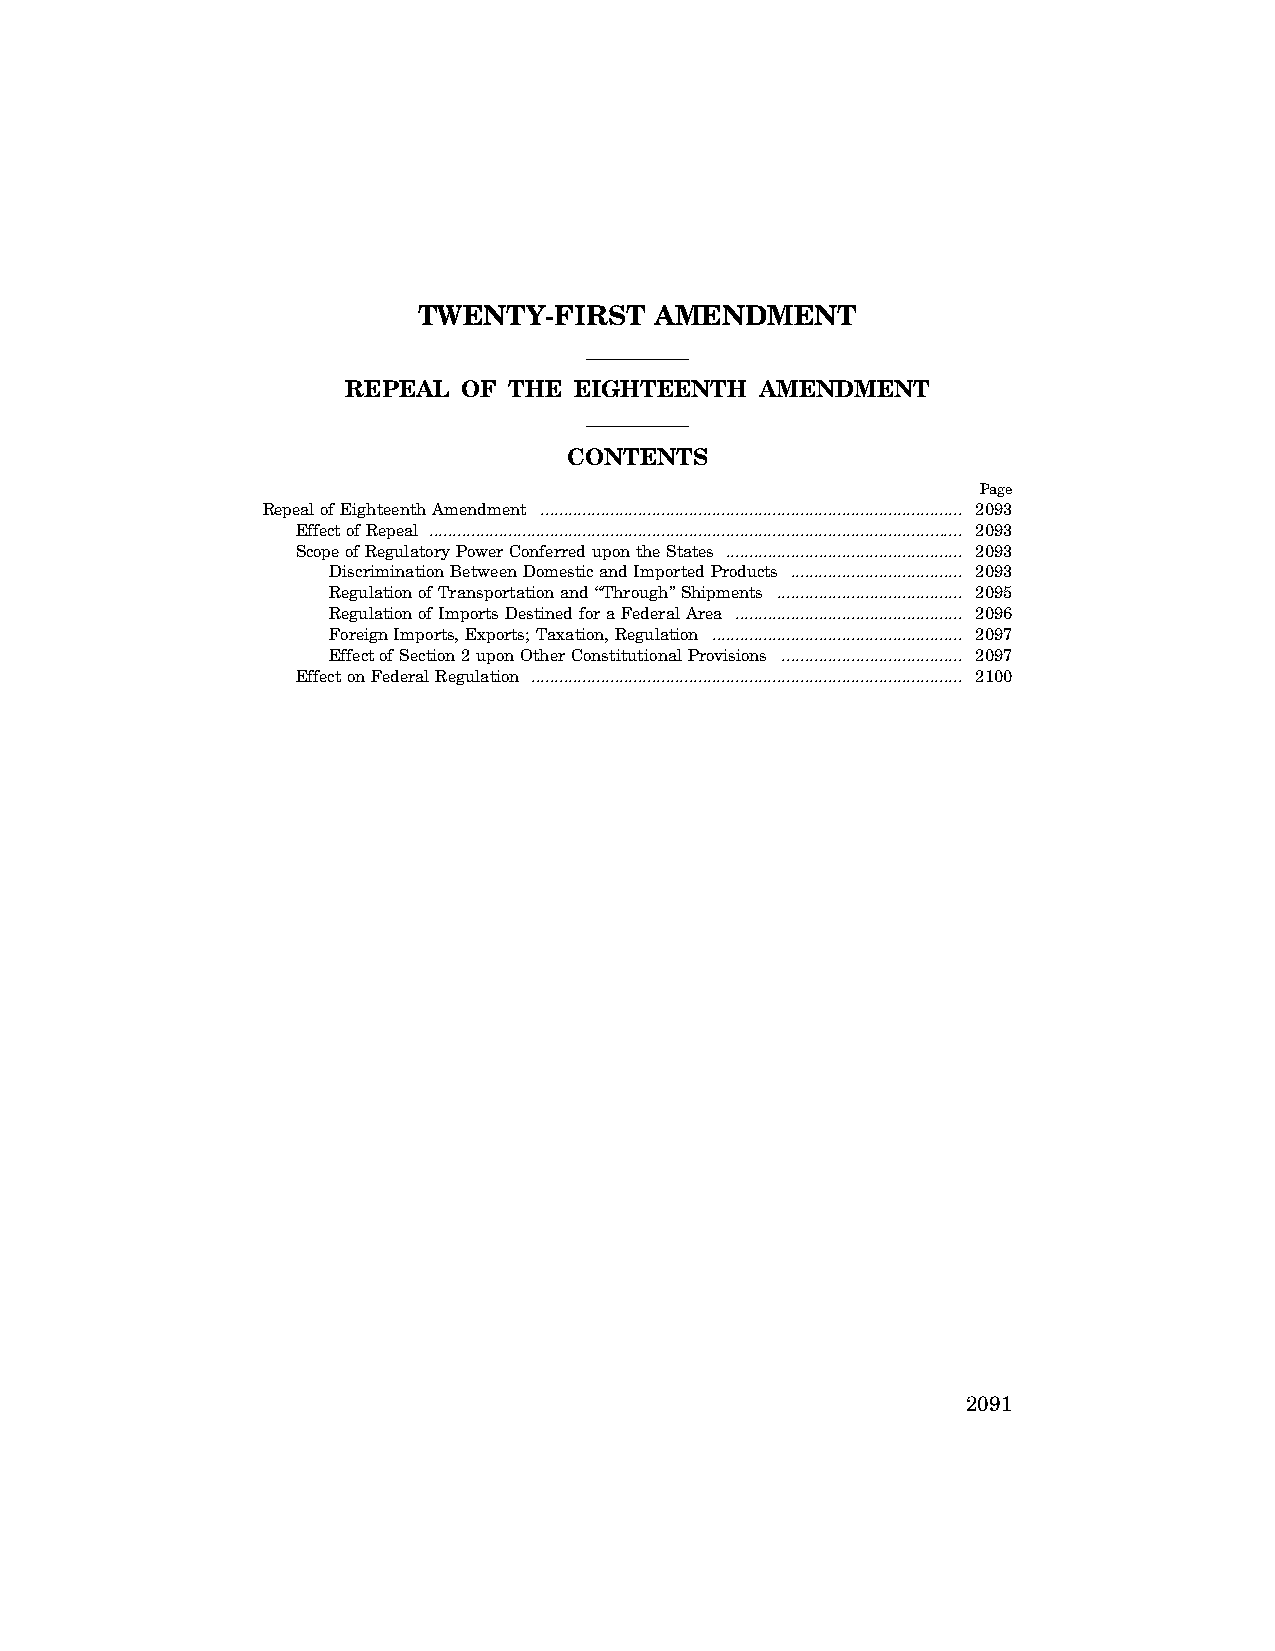
TWENTY-FIRST   AMENDMENT
 REPEAL  OF THE EIGHTEENTH  AMENDMENT
 CONTENTS
 Page
 Repeal of Eighteenth Amendment ........................................................................................... 2093
 Effect of Repeal ................................................................................................................... 2093
 Scope of Regulatory Power Conferred upon the States ................................................... 2093
 Discrimination Between Domestic and Imported Products ..................................... 2093
 Regulation of Transportation and ‘‘Through’’ Shipments ........................................ 2095
 Regulation of Imports Destined for a Federal Area ................................................. 2096
 Foreign Imports, Exports; Taxation, Regulation ...................................................... 2097
 Effect of Section 2 upon Other Constitutional Provisions ....................................... 2097
 Effect on Federal Regulation ............................................................................................. 2100
 2091
 VerDate Apr 15 2004 14:57 Aug 18, 2004 Jkt 077500 PO 00000 Frm 00001 Fmt 8221 Sfmt 8221 C:\CONAN\CON055.XXX PRFM99 PsN: CON055